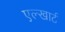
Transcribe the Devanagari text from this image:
एल्खार्ट